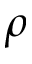
\rho